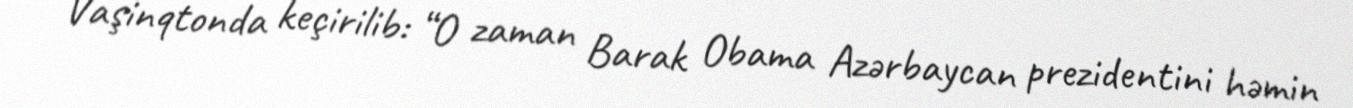
Vaşinqtonda keçirilib: “O zaman Barak Obama Azərbaycan prezidentini həmin